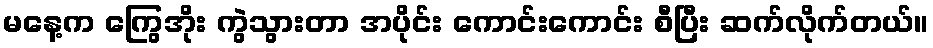
မနေ့က ကြွေအိုး ကွဲသွားတာ အပိုင်း ကောင်းကောင်း စီပြီး ဆက်လိုက်တယ်။